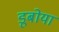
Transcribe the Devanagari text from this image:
डूबोया